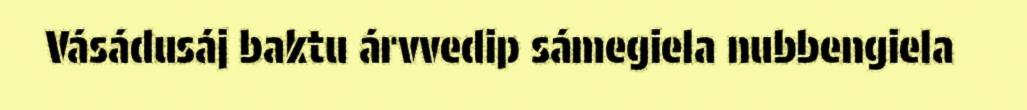
Vásádusáj baktu árvvedip sámegiela nubbengiela